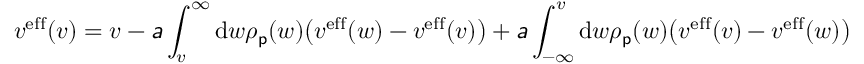
v ^ { \mathrm { e f f } } ( v ) = v - \mathsfit { a } \int _ { v } ^ { \infty } \mathrm { d } w \rho _ { \mathsf { p } } ( w ) \big ( v ^ { \mathrm { e f f } } ( w ) - v ^ { \mathrm { e f f } } ( v ) \big ) + \mathsfit { a } \int _ { - \infty } ^ { v } \mathrm { d } w \rho _ { \mathsf { p } } ( w ) \big ( v ^ { \mathrm { e f f } } ( v ) - v ^ { \mathrm { e f f } } ( w ) \big )